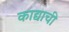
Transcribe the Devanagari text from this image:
काद्याची